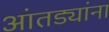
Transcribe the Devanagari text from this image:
आंतड्यांना